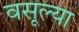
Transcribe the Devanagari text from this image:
वसूल्या